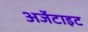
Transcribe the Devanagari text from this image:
अर्जेटाइट